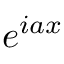
e ^ { i a x }